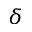
\delta